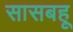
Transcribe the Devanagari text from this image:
सासबहू